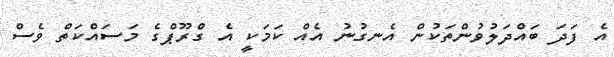
އެ ފަދަ ބައްދަލުވުންތަކުން އެނގުނު އެއް ކަމަކީ އެ ގްރޫޕްގެ މަސައްކަތް ވެސް